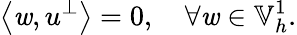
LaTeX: \left\langle\mathit{w},u^{\perp}\right\rangle=0,\quad\forall\mathit{w}\in\mathbb{{V}}_{h}^{1}.